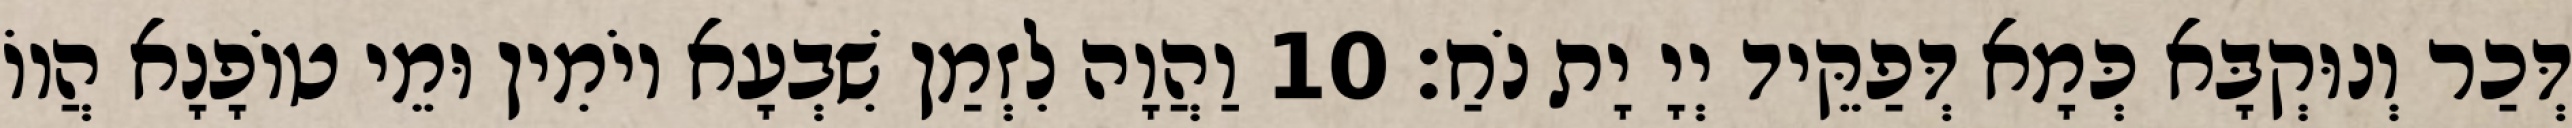
דְּכַר וְנוּקְבָּא כְּמָא דְּפַקֵּיד יְיָ יָת נֹחַ׃ 10 וַהֲוָה לִזְמַן שִׁבְעָא יוֹמִין וּמֵי טוֹפָנָא הֲווֹ